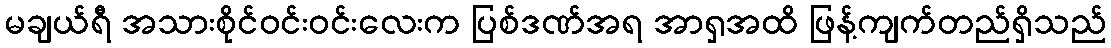
မချယ်ရီ အသားစိုင်ဝင်းဝင်းလေးက ပြစ်ဒဏ်အရ အာရှအထိ ဖြန့်ကျက်တည်ရှိသည်